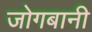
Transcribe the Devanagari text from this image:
जोगबानी